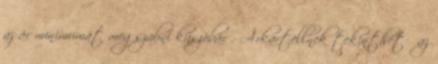
az ár minimumát megszabni küszöbár . Árkartellnek tekinthető az